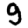
Digit: 9